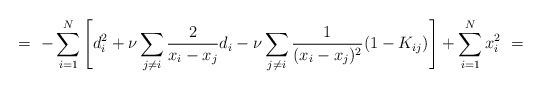
\begin{align*}=\ - \sum_{i=1}^N \left[ d_i^2 + \nu \sum_{j\neq i} \frac 2 {x_i - x_j} d_i- \nu\sum_{j\neq i} \frac 1 {(x_i-x_j)^2} (1 - K_{ij}) \right] +\sum_{i=1}^N x_i^2 \ =\end{align*}